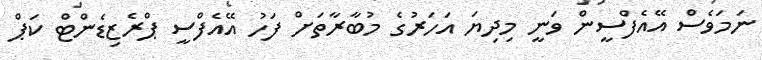
ނަމަވެސް އޭއެފްސީން ވަނީ މިދިޔަ އަހަރުގެ މުބާރާތަށް ފަހު އޭއެފްސީ ޕްރެޒިޑެންޓް ކަޕް